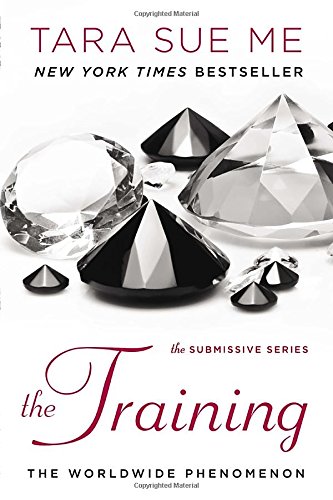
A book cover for The Training: The Submissive Series; Tara Sue Me; Romance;